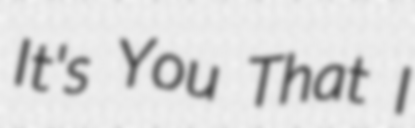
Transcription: It's You That I